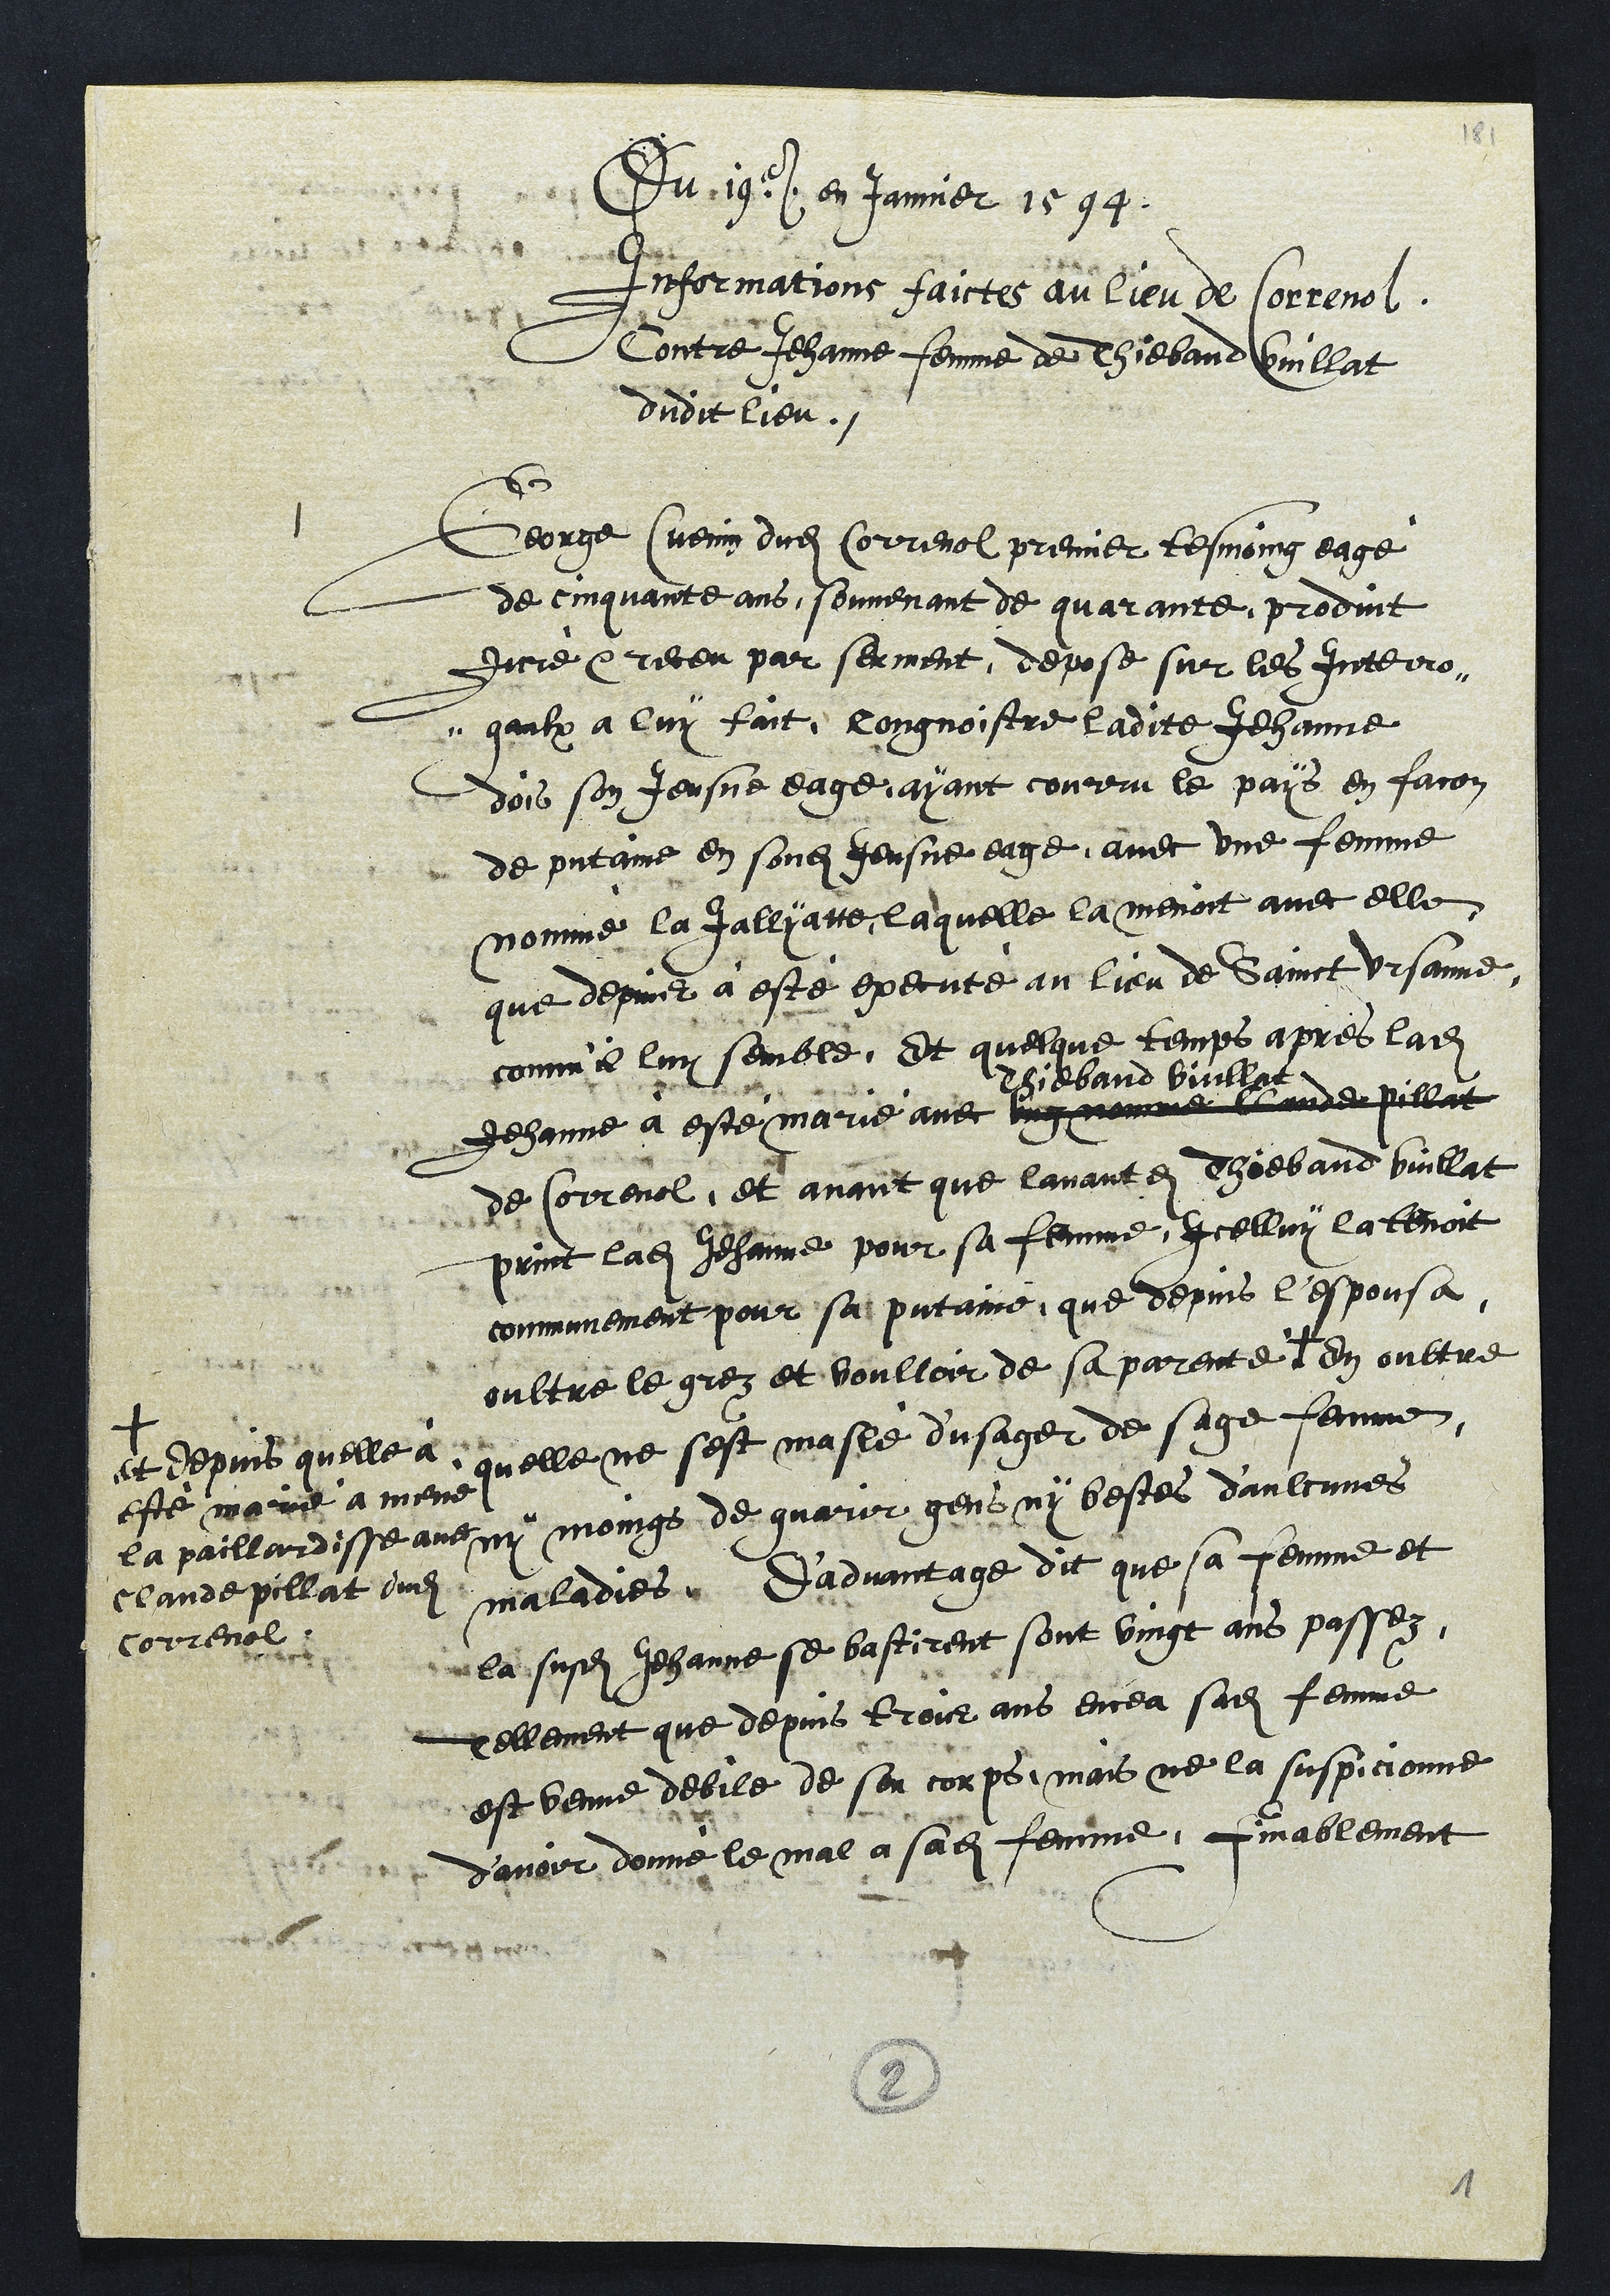
Du 19e en janvier 1594
Informations faicte au lieu de Correnol
Contre Jehanne femme de Thiebaud Vuillat
dudit lieu.
1
George Cuenin dudit Correnol premier tesmoing eagé
de cinquante ans, souvenant de quarante, produit
juré et receu par serment, depose sur les Interro-
gaulx a luy fait, congnoistre ladite Jehanne
dois son Jeusne eage, ayant courru le pays en facon
de putaine en sondit Jeusne eage, avec une femme
nommé la Jallyatte, laquelle la menoit avec elle
que depuis à esté executé au lieu de Sainct Ursanne,
comme luy semble, Et quelque temps apres ladite
Jehanne à esté marié avec ung nomme Claude Pillat
Thiebaud Vuillat
de Correnol, et avant que lavantdit Thiebaud Vuillat
print ladite Jehanne pour sa femme, Icelluy la tenoit
communement pour sa putaine, que depuis l'espousa
oultre le grez et voulloir de sa parente +
et depuis quelle à
esté marié a mené
la paillardisse avec
Claude pillat dudit
Correnol
En oultre
quelle ne sest maslé d'usager de sage femme
ny moings de guarir gens ny bestes d'aulcunes
maladies. D'advantage dit que sa femme et
la susdite Jehanne se bastirent sont vingt ans passez,
Tellement que depuis trois ans encea sadite femme
est venue debile de son corps, mais ne la suspicionne
d’avoir donné le mal a sadite femme, finablement
2

1